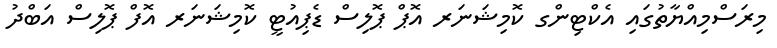
މިރަސްމިއްޔާތުގައި އެކްޓިންގ ކޮމިޝަނަރ އޮޕް ޕޮލިސް ޑެޕިއުޓީ ކޮމިޝަނަރ އޮފް ޕޮލިސް އަބްދު